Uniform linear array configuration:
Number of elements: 48
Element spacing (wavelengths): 1
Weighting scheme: blackman
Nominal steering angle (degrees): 30
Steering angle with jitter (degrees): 29.767
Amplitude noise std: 0.05
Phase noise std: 0.05

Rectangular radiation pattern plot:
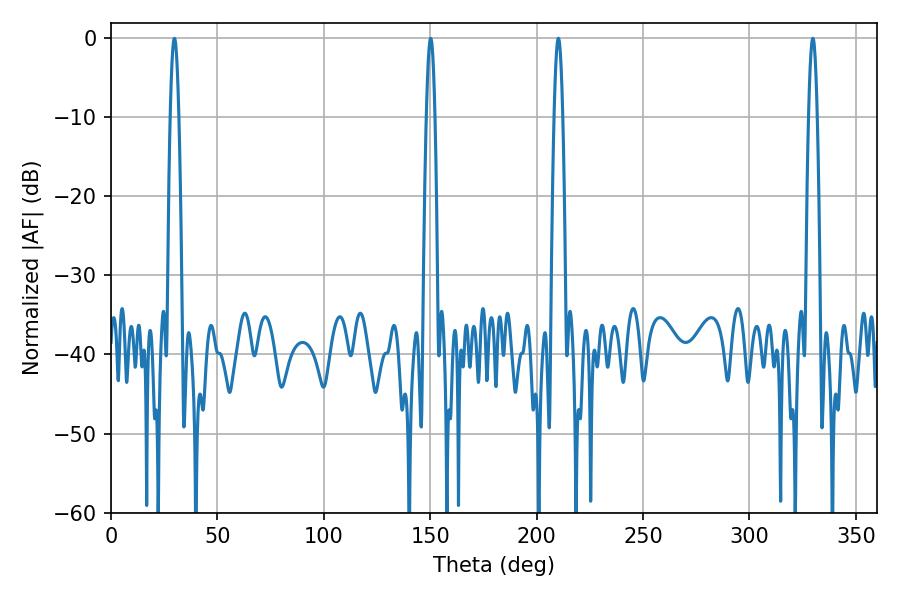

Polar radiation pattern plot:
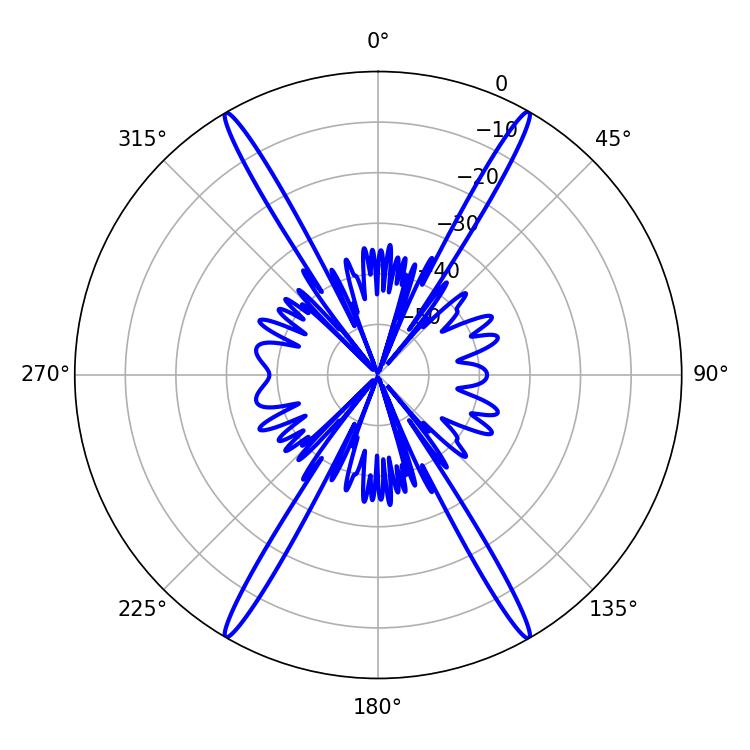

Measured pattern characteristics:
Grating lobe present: TRUE
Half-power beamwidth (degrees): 2.16
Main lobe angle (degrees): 210.24